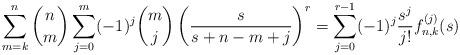
LaTeX: \begin{align*} \sum_{m=k}^{n} \binom{n}{m} \sum_{j=0}^{m} (-1)^{j}\binom{m}{j}\left( \frac{s}{s+n-m+j}\right)^{r} &=\sum_{j=0}^{r-1}(-1)^{j}\frac{s^{j}}{j!}f^{(j)}_{n,k}(s)\end{align*}